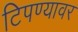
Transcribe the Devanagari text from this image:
टिपण्यावर